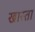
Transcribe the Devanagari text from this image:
खास्ता